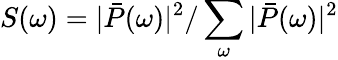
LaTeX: S(\omega)=|\bar{P}(\omega)|^{2}/\sum_{\omega}|\bar{P}(\omega)|^{2}